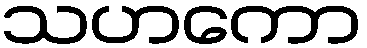
သဟကော